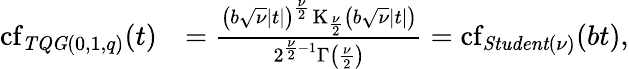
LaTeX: \begin{array}{rl}{\operatorname{cf}_{\mathit{TQG}(0,1,q)}(t)}&{=\frac{\left(b\sqrt{\nu}|t|\right)^{\frac{\nu}{2}}\operatorname{K}_{\frac{\nu}{2}}\left(b\sqrt{\nu}|t|\right)}{2^{\frac{\nu}{2}-1}\Gamma\left(\frac{\nu}{2}\right)}=\operatorname{cf}_{\mathit{Student}(\nu)}(bt),}\end{array}